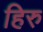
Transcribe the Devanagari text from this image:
हिरु